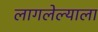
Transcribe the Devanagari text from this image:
लागलेल्याला